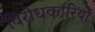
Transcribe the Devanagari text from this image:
विरोधकारियों